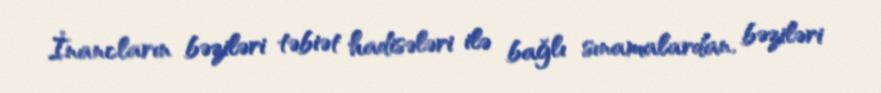
İnancların bəziləri təbiət hadisələri ilə bağlı sınamalardan, bəziləri